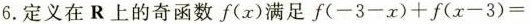
6. 定义在R上的奇函数f(x)满足f(-3-x)+f(x-3)=